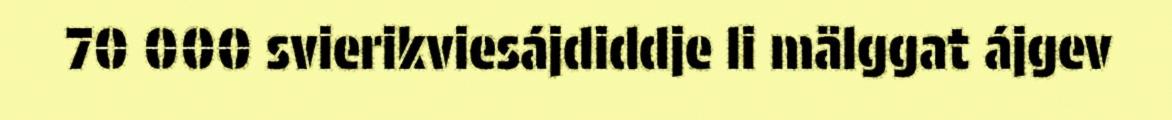
70 000 svierikviesájdiddje li mälggat ájgev